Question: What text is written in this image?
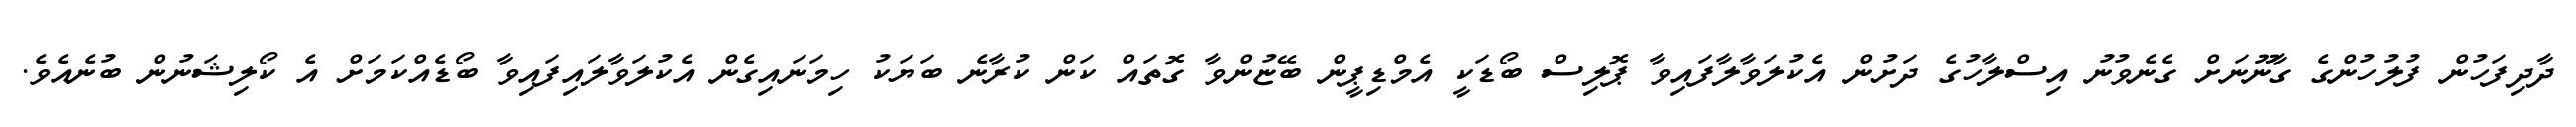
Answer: ދާދިފަހުން ފުލުހުންގެ ގާނޫނަށް ގެނެވުނު އިސްލާހުގެ ދަށުން އެކުލަވާލާފައިވާ ޕޮލިސް ބޯޑަކީ އެމްޑިޕީން ބޭޏުންވާ ގޮތައް ކަން ކުރާނެ ބަޔަކު ހިމަނައިގެން އެކުލަވާލައިފައިވާ ބޯޑެއްކަމަށް އެ ކޯލިޝަނުން ބުނެއެވެ.